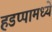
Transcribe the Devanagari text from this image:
हडप्पामध्ये